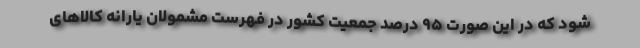
شود که در این صورت ۹۵ درصد جمعیت کشور در فهرست مشمولان یارانه کالاهای